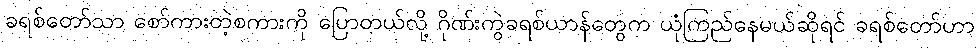
ခရစ်တော်သာ စော်ကားတဲ့စကားကို ပြောတယ်လို့ ဂိုဏ်းကွဲခရစ်ယာန်တွေက ယုံကြည်နေမယ်ဆိုရင် ခရစ်တော်ဟာ